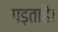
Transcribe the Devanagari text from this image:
पड़ताहै।